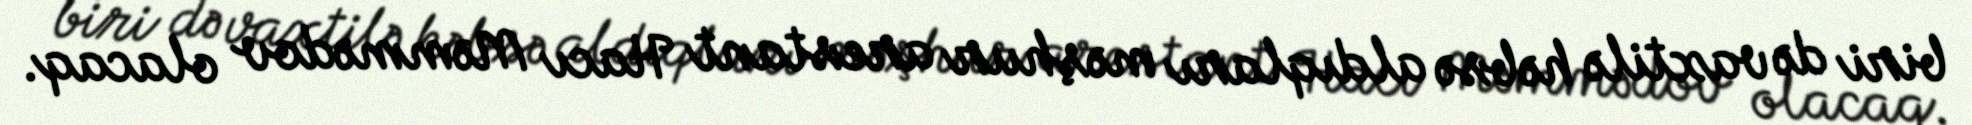
biri də vaxtilə həbsə aldıqları məşhur arestant Hacı Məmmədov olacaq.